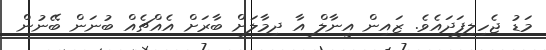
މަޑު ޖެހިލިފަދައެވެ. ޒައިން އީނާލް އާ ދިމާލަށް ބާރަށް އެއްޗެއް ބުނަން ބޭނުން